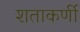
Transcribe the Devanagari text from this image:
शताकर्णी